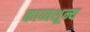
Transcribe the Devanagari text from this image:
काव्यशून्य